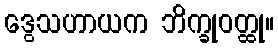
ဒွေသဟာယက ဘိက္ခုဝတ္ထု။